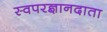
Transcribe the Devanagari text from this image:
स्वपरज्ञानदाता